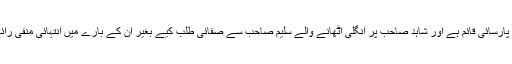
لیکن شاہد صاحب کی پارسائی قائم ہے اور شاہد صاحب پر انگلی اُٹھانے والے سلیم صاحب سے صفائی طلب کیے بغیر ان کے بارے میں انتہائی منفی رائے قائم کرلی گئی ہے۔